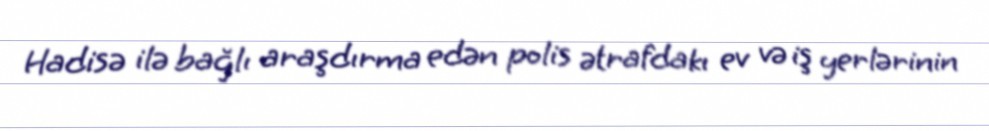
Hadisə ilə bağlı araşdırma edən polis ətrafdakı ev və iş yerlərinin